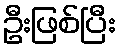
ဦးဖြစ်ပြီး